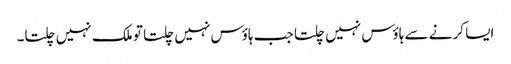
ایسا کرنے سے ہاؤس نہیں چلتا جب ہاؤس نہیں چلتا تو ملک نہیں چلتا۔